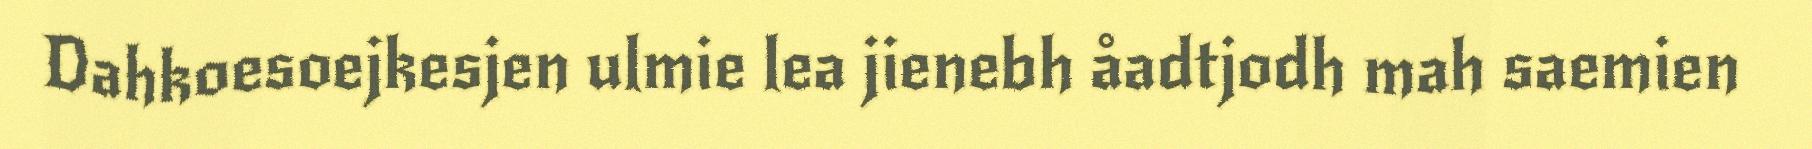
Dahkoesoejkesjen ulmie lea jienebh åadtjodh mah saemien